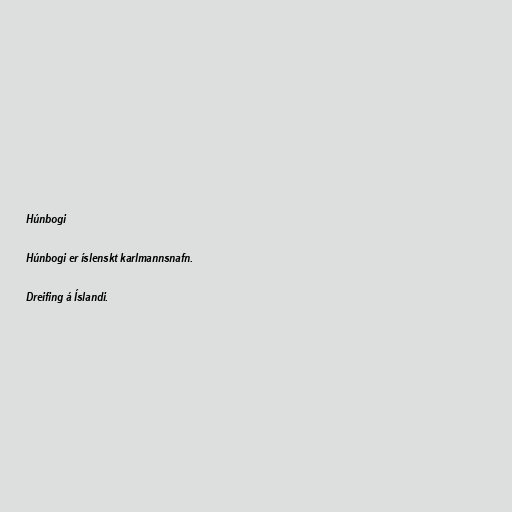
Húnbogi

Húnbogi er íslenskt karlmannsnafn.

Dreifing á Íslandi.